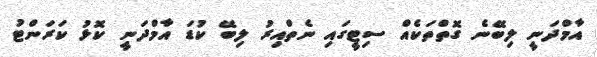
އާމްދަނީ ލިބޭނެ ގޮތްތަކެއް ސިޓީގައި ނެތްއިރު ލިބޭ ކުޑަ އާމްދަނީ ކޮޅު ކަރަންޓު